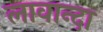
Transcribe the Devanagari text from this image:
लावान्दा